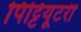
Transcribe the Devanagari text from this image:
पिट्टियूटरी